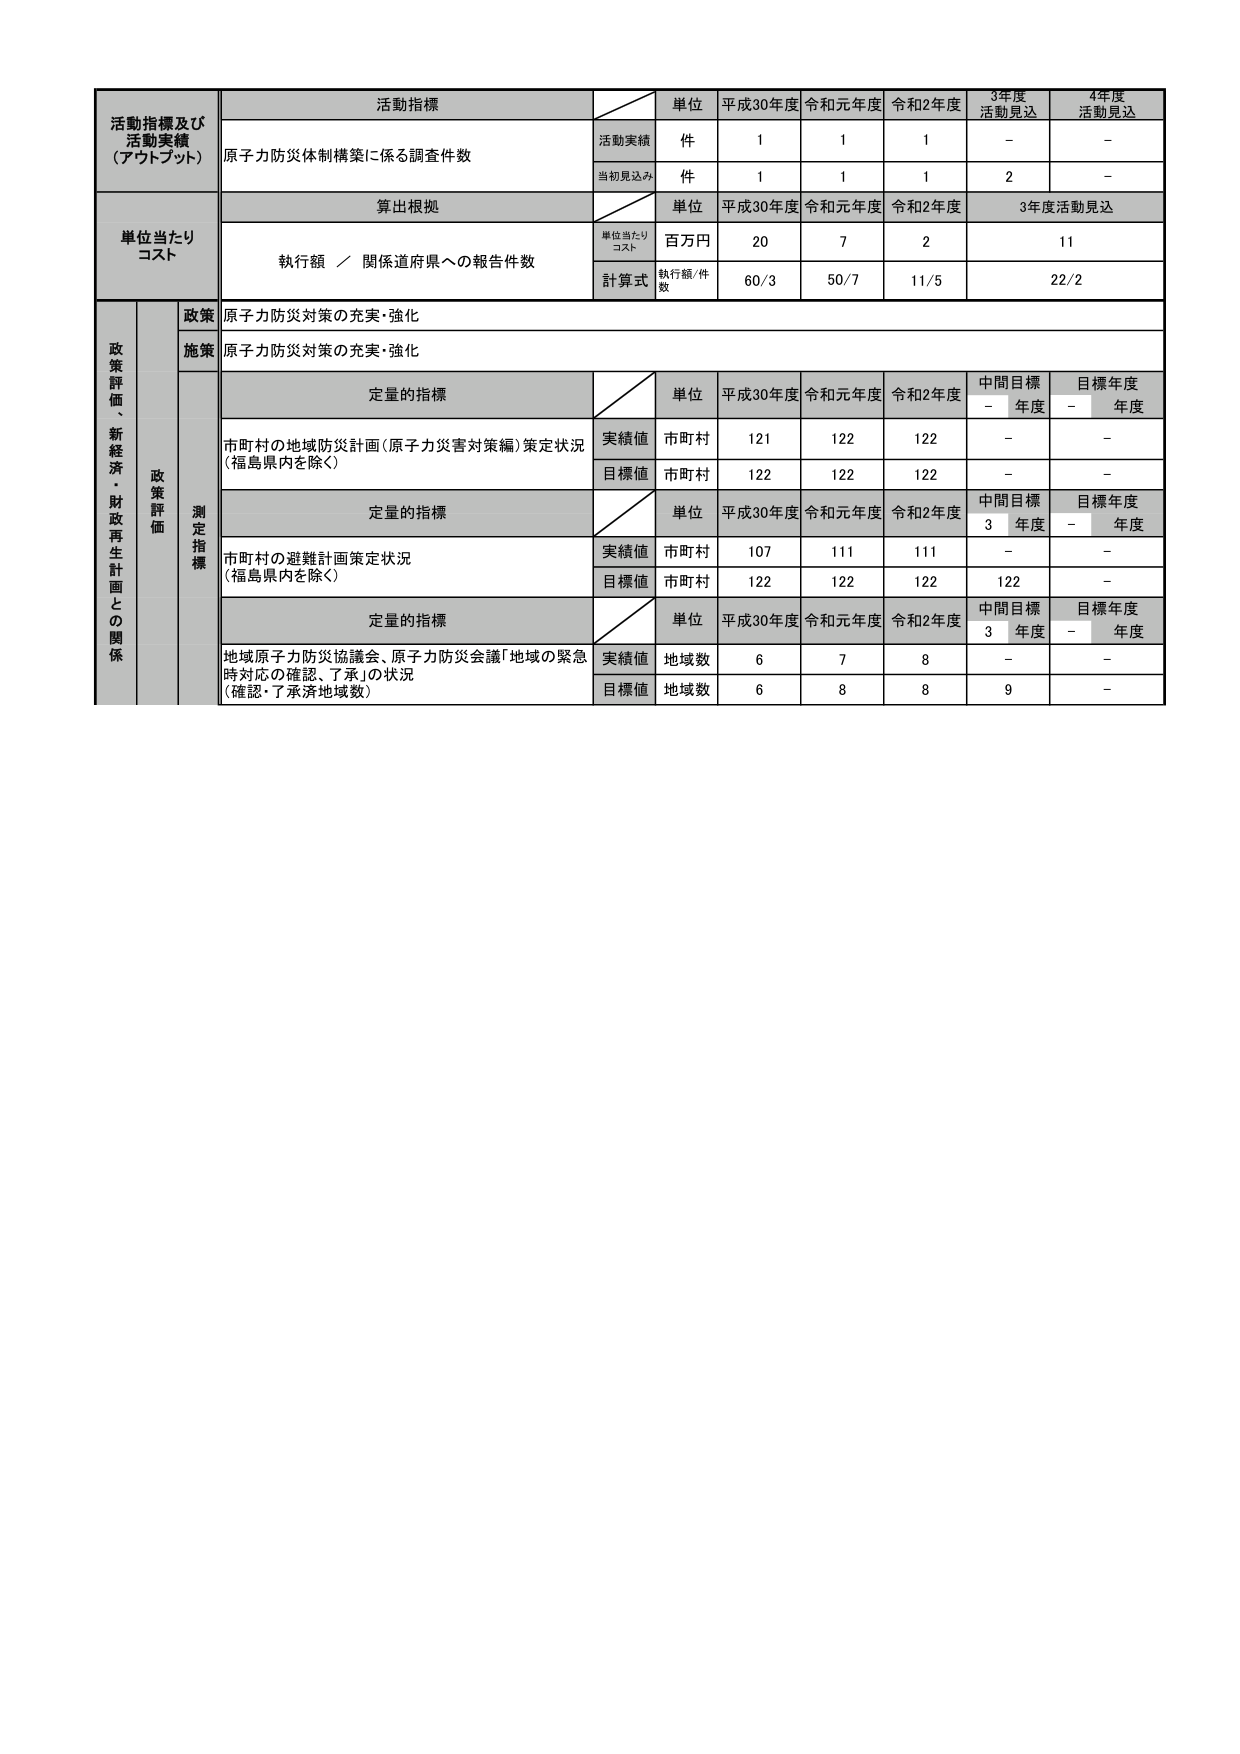
活動指標
活動指標及び
活動実績
（アウトプット）
単位
平成30年度
令和元年度
令和2年度
3年度
活動見込
4年度
活動見込
原子力防災体制構築に係る調査件数
活動実績
件
1
1
1
-
-
当初見込み
件
1
1
1
2
-
単位当たり
コスト
算出根拠
単位
平成30年度
令和元年度
令和2年度
3年度活動見込
執行額 ／ 関係道府県への報告件数
単位当たり
コスト
百万円
20
7
2
11
計算式
執行額/件数
60/3
50/7
11/5
22/2
政策評価、新経済・財政再生計画との関係
政策
原子力防災対策の充実・強化
施策
原子力防災対策の充実・強化
政策評価
測定指標
定量的指標
単位
平成30年度
令和元年度
令和2年度
中間目標
- 年度
目標年度
- 年度
市町村の地域防災計画（原子力災害対策編）策定状況
（福島県内を除く）
実績値
市町村
121
122
122
-
-
目標値
市町村
122
122
122
-
-
定量的指標
単位
平成30年度
令和元年度
令和2年度
中間目標
3 年度
目標年度
- 年度
市町村の避難計画策定状況
（福島県内を除く）
実績値
市町村
107
111
111
-
-
目標値
市町村
122
122
122
122
-
定量的指標
単位
平成30年度
令和元年度
令和2年度
中間目標
3 年度
目標年度
- 年度
地域原子力防災協議会、原子力防災会議「地域の緊急時対応の確認、了承」の状況
（確認・了承済地域数）
実績値
地域数
6
7
8
-
-
目標値
地域数
6
8
8
9
-